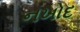
નખોદ